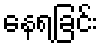
နေရခြင်း